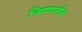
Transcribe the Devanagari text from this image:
चिमणाजीचा